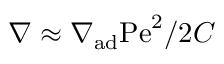
\nabla \approx \nabla _ { \mathrm { a d } } \mathrm { P e } ^ { 2 } / 2 C